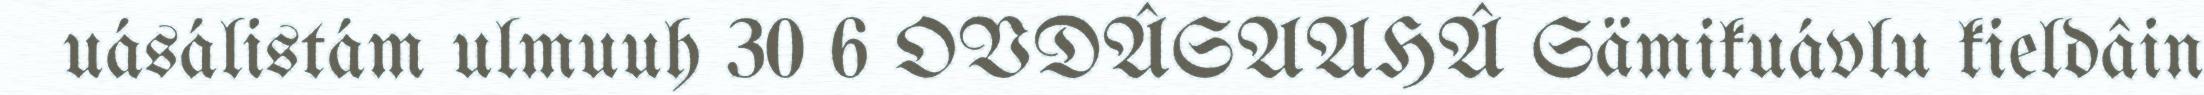
uásálistám ulmuuh 30 6 OVDÂSAAHÂ Sämikuávlu kieldâin